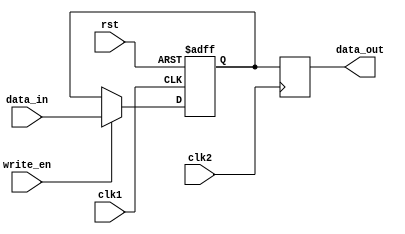
module DualPortBypassRegister (
    input wire clk1,          // Clock input for first clock domain
    input wire clk2,          // Clock input for second clock domain
    input wire rst,           // Reset input
    input wire write_en,      // Write enable input
    input wire [7:0] data_in, // Data input
    output wire [7:0] data_out // Data output
);

reg [7:0] reg_data;

always @(posedge clk1 or posedge rst) begin
    if (rst) begin
        reg_data <= 8'h00; // Reset register data
    end else if (write_en) begin
        reg_data <= data_in; // Write data to register
    end
end

always @(posedge clk2) begin
    data_out <= reg_data; // Read data from register
end

endmodule